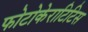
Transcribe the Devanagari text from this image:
फोटोकेराटिटिस